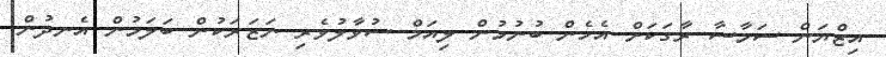
އިޒްޔަން ސަމާސާ ރާގަކަށް އެހެން ބުނުމުން ލިއަމް ސުވާލުވެރި ނަޒަރަކުން ބަލަމުން އެނދުން